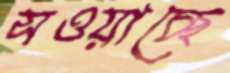
সওয়াচ্ছে